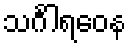
သင်္ဂါရဝေန